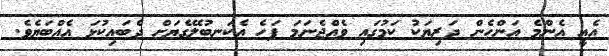
އެއީ އެންމެ އަންހެން ދަރިޔަކު ކަމުގައި ވެއްޖެނަމަ ފަހެ އެކަނބުލޭގެޔަށް ދެބައިކުޅަ އެއްބަޔެވެ.